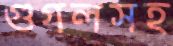
গুগলসহ